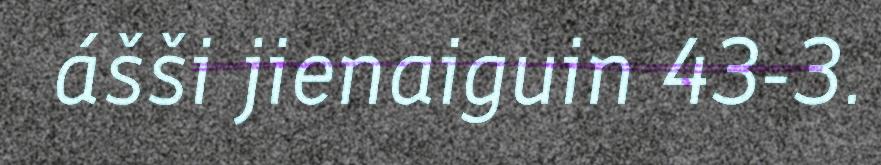
ášši jienaiguin 43-3.